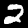
Label: 2